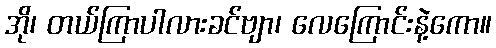
အို၊ တယ်ကြာပါလားခင်ဗျာ၊ လေကြောင်းနဲ့ကော။